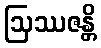
ဩဿဇန္တိ